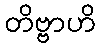
တိဗ္ဗာဟိ